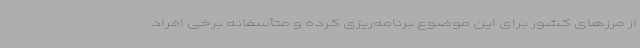
از مرزهای کشور برای این موضوع برنامه‌ریزی کرده و متأسفانه برخی افراد